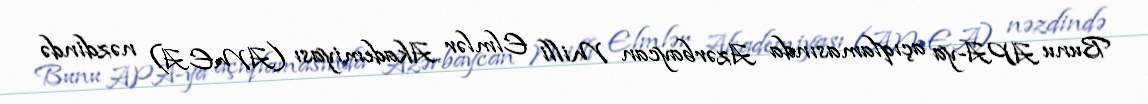
Bunu APA-ya açıqlamasında Azərbaycan Milli Elmlər Akademiyası (AMEA) nəzdində